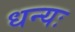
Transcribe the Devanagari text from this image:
धन्यः